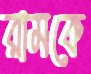
রামকে